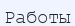
Работы